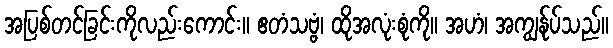
အပြစ်တင်ခြင်းကိုလည်းကောင်း။ ဧတံသဗ္ဗံ၊ ထိုအလုံးစုံကို။ အဟံ၊ အကျွန်ုပ်သည်။